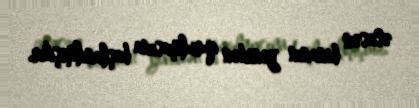
əsasən binanın yenidən qurulmasına başlanılmışdır.